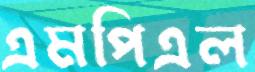
এমপিএল